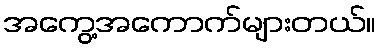
အကွေ့အကောက်များတယ်။